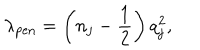
LaTeX: \lambda _ { \mathrm { p e n } } = \left( n _ { j } - \frac { 1 } { 2 } \right) q _ { j } ^ { 2 } ,